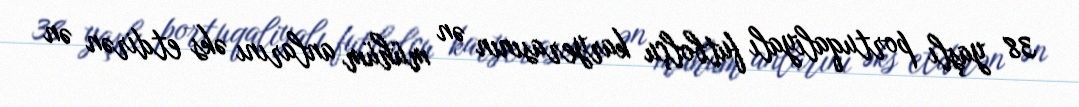
38 yaşlı portuqaliyalı futbolçu karyerasının ən mühüm anlarını əks etdirən ən